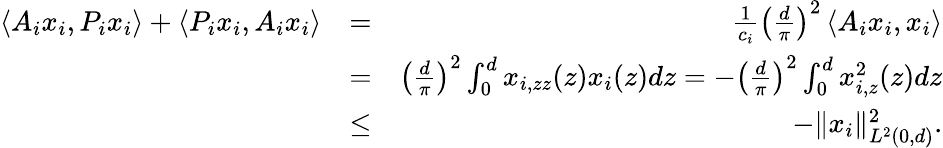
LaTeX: \begin{array}{rlr}{\left\langle A_{i}x_{i},P_{i}x_{i}\right\rangle+\left\langle P_{i}x_{i},A_{i}x_{i}\right\rangle}&{=}&{\frac{1}{c_{i}}\left(\frac{d}{\pi}\right)^{2}\left\langle A_{i}x_{i},x_{i}\right\rangle}\\ &{=}&{\left(\frac{d}{\pi}\right)^{2}\int_{0}^{d}x_{i,zz}(z)x_{i}(z)dz=-\left(\frac{d}{\pi}\right)^{2}\int_{0}^{d}x_{i,z}^{2}(z)dz}\\ &{\leq}&{-\| x_{i}\| _{L^{2}(0,d)}^{2}.}\end{array}